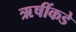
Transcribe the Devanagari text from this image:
ऋषींकडे